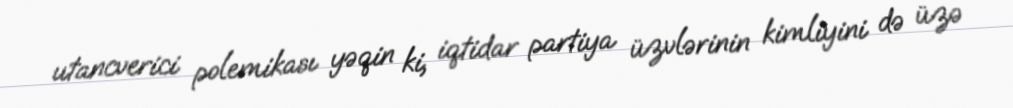
utancverici polemikası yəqin ki, iqtidar partiya üzvlərinin kimliyini də üzə